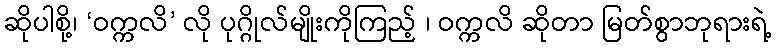
ဆိုပါစို့၊ ‘ဝက္ကလိ’ လို ပုဂ္ဂိုလ်မျိုးကိုကြည့် ၊ ဝက္ကလိ ဆိုတာ မြတ်စွာဘုရားရဲ့